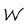
Character: W